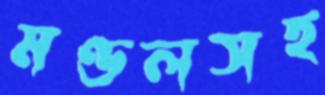
মণ্ডলসহ